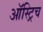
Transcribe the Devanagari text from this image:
ऑस्ट्रिच